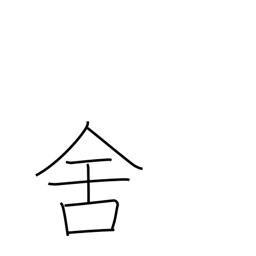
Meaning: inn